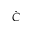
\check { C }